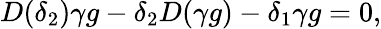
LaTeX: D(\delta_{2})\gamma g-\delta_{2}D(\gamma g)-\delta_{1}\gamma g=0,